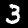
Digit: 3